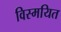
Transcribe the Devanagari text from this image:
विस्मयित